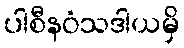
ပါစီနဝံသဒါယမှိ